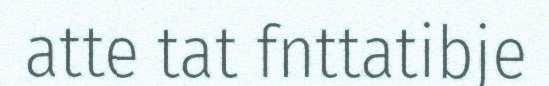
atte tat fnttatibje